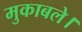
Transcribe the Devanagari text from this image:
मुकाबले।